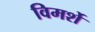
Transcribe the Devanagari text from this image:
विमर्शे